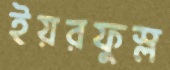
ইয়রফুস্‌ল